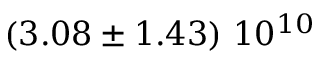
\left( 3 . 0 8 \pm 1 . 4 3 \right) \, 1 0 ^ { 1 0 }